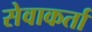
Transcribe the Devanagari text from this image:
सेवाकर्ता